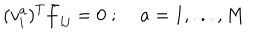
( v _ { i } ^ { a } ) ^ { T } \bar { f } _ { i j } = 0 \; ; \; a = 1 , . . . , M